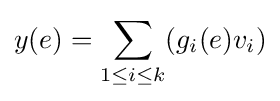
y(e)=\sum _{1\leq i\leq k}(g_{i}(e)v_{i})